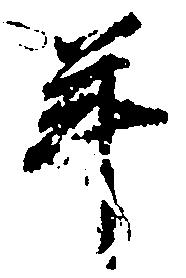
年